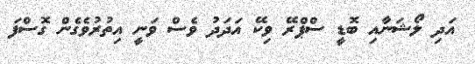
އަދި ލޯޝަނާއި ބޮޑީ ސްޕްރޭ ވިކޭ އަދަދު ވެސް ވަނީ އިތުރުވެގެން ގޮސްފަ